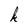
Character: k